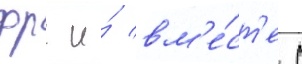
фрг и́ вм'е́ст'е с